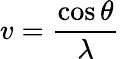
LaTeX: v=\frac{\cos{\theta}}{\lambda}